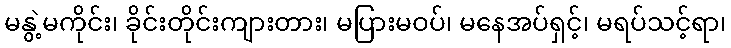
မနွဲ့မကိုင်း၊ ခိုင်းတိုင်းကျားတား၊ မပြားမဝပ်၊ မနေအပ်ရှင့်၊ မရပ်သင့်ရာ၊